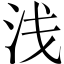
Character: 浅